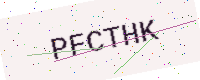
Text: PFCTHK